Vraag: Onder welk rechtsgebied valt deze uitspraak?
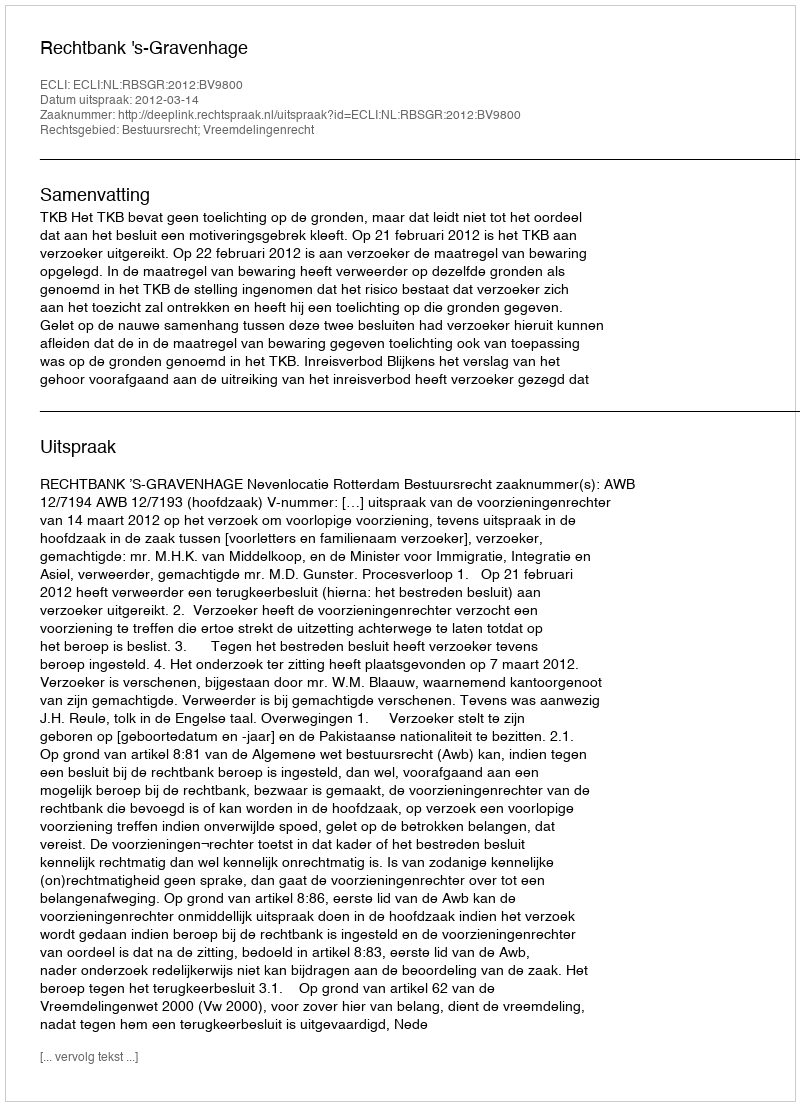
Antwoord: Bestuursrecht; Vreemdelingenrecht